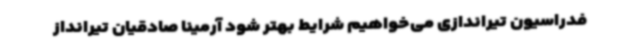
فدراسیون تیراندازی می‌خواهیم شرایط بهتر شود آرمینا صادقیان تیرانداز